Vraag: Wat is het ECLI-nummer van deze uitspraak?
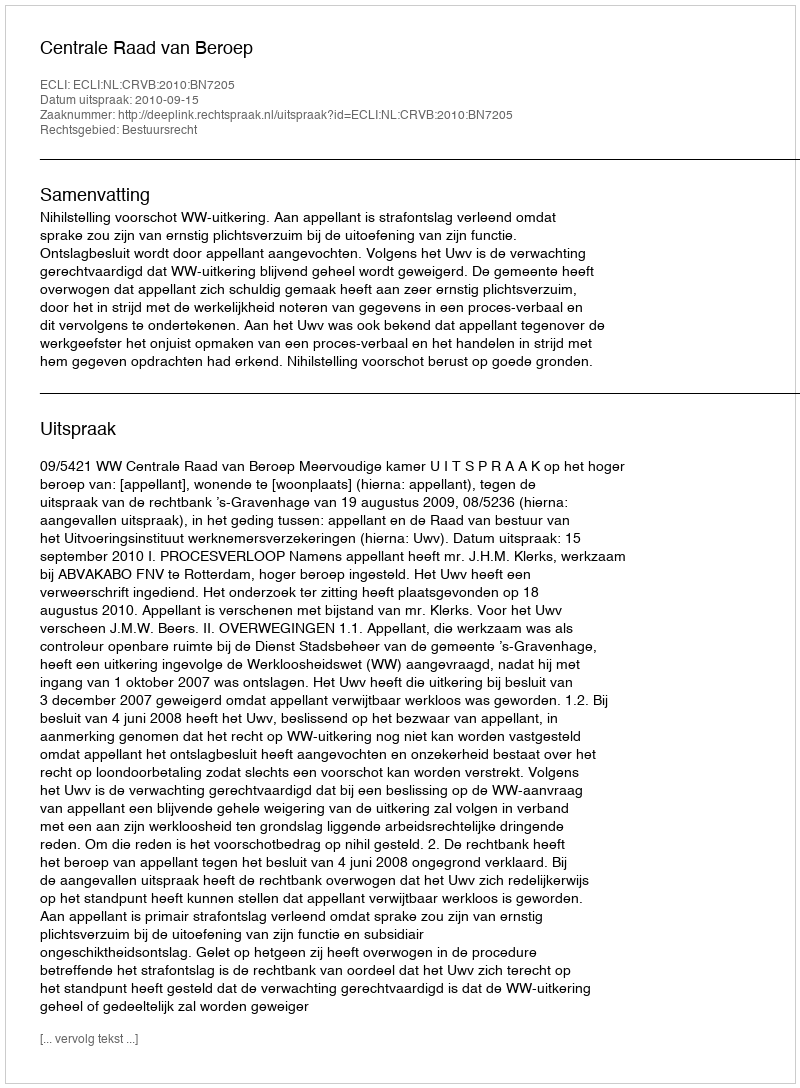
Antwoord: ECLI:NL:CRVB:2010:BN7205